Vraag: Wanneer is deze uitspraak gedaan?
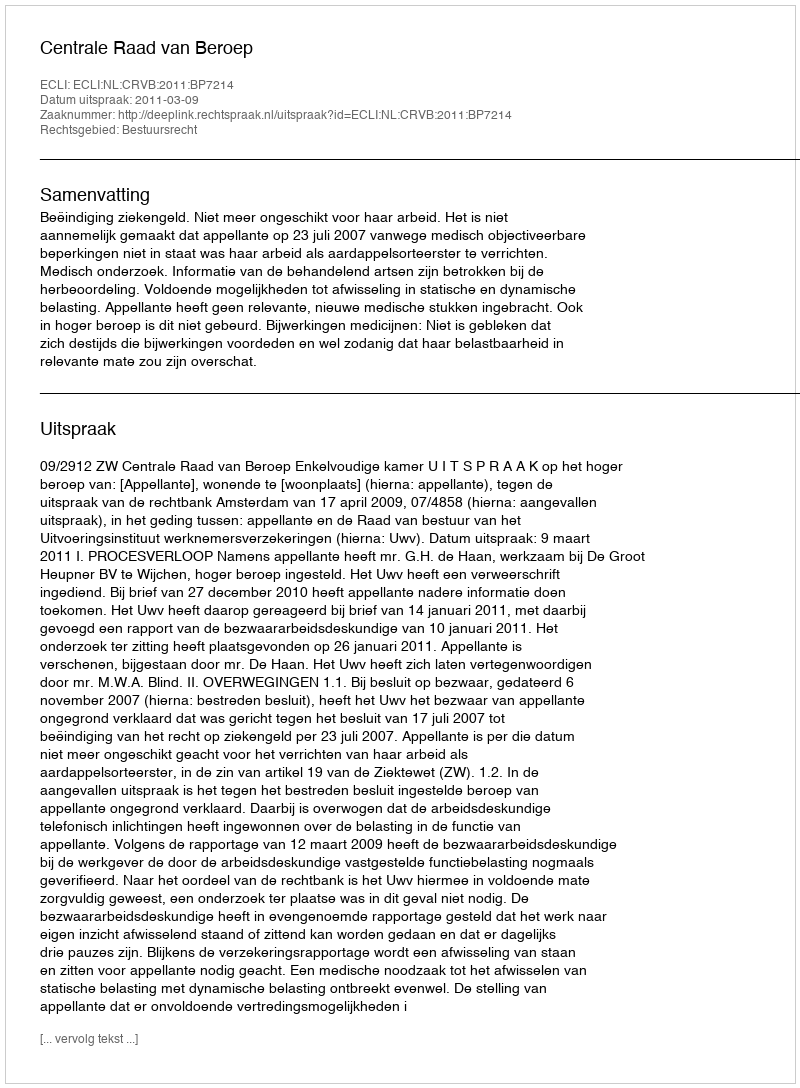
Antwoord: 2011-03-09